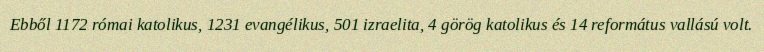
Ebből 1172 római katolikus, 1231 evangélikus, 501 izraelita, 4 görög katolikus és 14 református vallású volt.